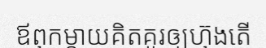
ឪពុកម្តាយគិតគូរឲ្យហ៊ុងតើ